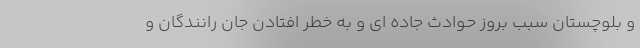
و بلوچستان سبب بروز حوادث جاده ای و به خطر افتادن جان رانندگان و